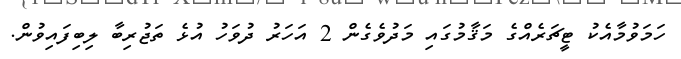
ހަމަވުމާއެކު ޓީޗަރެއްގެ މަޤާމުގައި މަދުވެގެން 2 އަހަރު ދުވަހު އުޅެ ތަޖުރިބާ ލިބިފައިވުން.